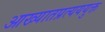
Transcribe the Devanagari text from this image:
आख्यातप्रत्यययुक्त